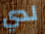
لدي